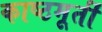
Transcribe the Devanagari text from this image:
काष्ठमूर्ती